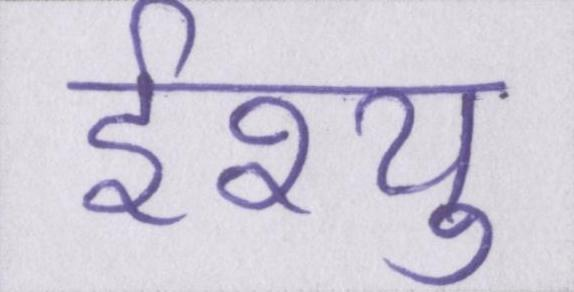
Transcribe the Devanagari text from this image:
ईश्यु